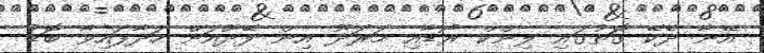
އޭނާ ދެކޭ ގޮތުގައި ލިންކް ރޯޑާއި މަރަދޫ އިން ފޭދޫއަށް ހަދާފައިވާ ބޮޑު